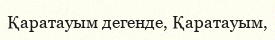
Қаратауым дегенде, Қаратауым,